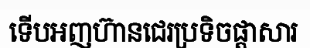
ទើបអញហ៊ានជេរប្រទិចផ្តាសារ